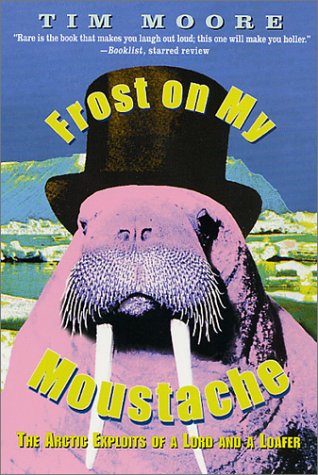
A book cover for Frost on my Moustache: The Arctic Exploits of a Lord and a Loafer; Tim Moore; Travel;